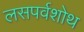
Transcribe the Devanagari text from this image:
लसपर्वशोथ